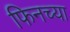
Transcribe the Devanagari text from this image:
फिनच्या